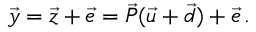
\begin{array} { r } { \vec { y } = \vec { z } + \vec { e } = \vec { P } ( \vec { u } + \vec { d } ) + \vec { e } \, . } \end{array}